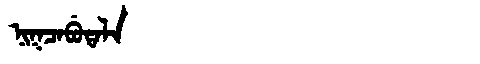
Manchu: ᠨᡳᡴᠴᠠᠪᡠᡨᠠᠯᠠ
Romanization: NIKCABUTALA